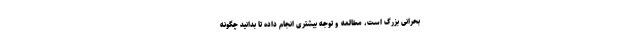
بحرانی بزرگ است، مطالعه و توجه بیشتری انجام داده تا بدانید چگونه